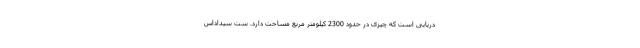
دریایی است که چیزی در حدود 2300 کیلومتر مربع مساحت دارد. ست سیداداس